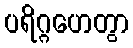
ပရိဂ္ဂဟေတွာ